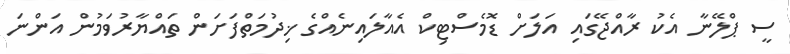
ސީ ޕްލޭނާ އެކު ރާއްޖޭގައި އަލަށް ޑޮމެސްޓިކް އެއާލައިނެއްގެ ޚިދުމަތްފަށަން ތައްޔާރުވަމުން އަންނަ